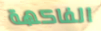
الفاكهة